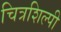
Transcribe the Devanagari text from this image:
चित्रशिल्पी